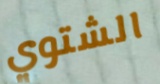
الشتوي